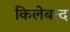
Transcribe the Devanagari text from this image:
किलेबन्द